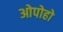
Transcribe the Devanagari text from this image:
ओपोहो